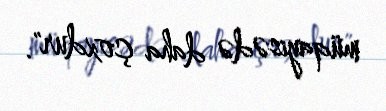
müqayisədə daha çoxdur".